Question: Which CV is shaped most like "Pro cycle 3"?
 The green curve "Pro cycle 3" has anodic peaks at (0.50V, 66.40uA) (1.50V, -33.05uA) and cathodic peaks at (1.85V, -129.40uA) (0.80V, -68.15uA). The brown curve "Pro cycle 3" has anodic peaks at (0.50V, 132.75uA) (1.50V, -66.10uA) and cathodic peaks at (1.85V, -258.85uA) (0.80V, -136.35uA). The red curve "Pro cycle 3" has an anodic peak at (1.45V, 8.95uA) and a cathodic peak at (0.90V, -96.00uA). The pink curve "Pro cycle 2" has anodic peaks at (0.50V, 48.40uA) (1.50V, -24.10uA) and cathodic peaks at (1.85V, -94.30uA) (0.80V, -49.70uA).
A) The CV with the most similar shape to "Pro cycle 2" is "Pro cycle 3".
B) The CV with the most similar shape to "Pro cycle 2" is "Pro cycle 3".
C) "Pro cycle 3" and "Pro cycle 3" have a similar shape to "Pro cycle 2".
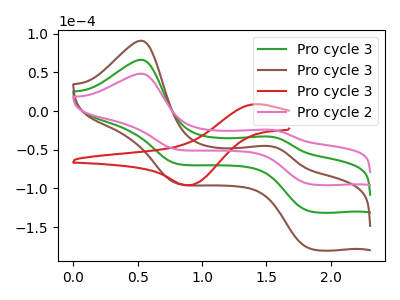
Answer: <think>All the peaks in "Pro cycle 3" have a peak in "Pro cycle 3" at the same potential. "Pro cycle 3" and "Pro cycle 3" have a different number of peaks. All the peaks in "Pro cycle 3" have a peak in "Pro cycle 2" at the same potential. "Pro cycle 3" and "Pro cycle 3" have a different number of peaks. All the peaks in "Pro cycle 3" have a peak in "Pro cycle 2" at the same potential. "Pro cycle 3" and "Pro cycle 2" have a different number of peaks.
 </think>
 <answer>C) "Pro cycle 3" and "Pro cycle 3" have a similar shape to "Pro cycle 2".</answer>
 <eval>C</eval>